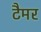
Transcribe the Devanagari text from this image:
टैमर